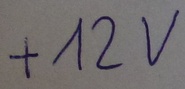
Text: +12V